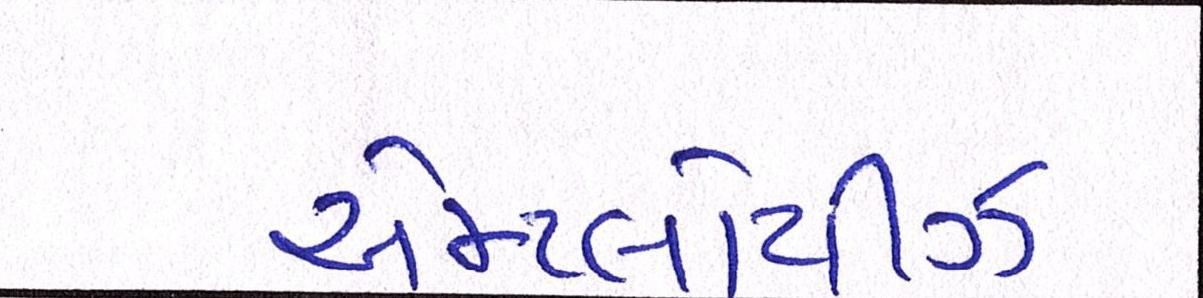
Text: એમ્પ્લોયીઝ